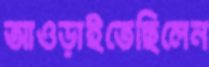
আওড়াইতেছিলেন